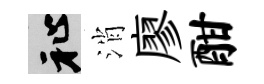
祉消廖酣